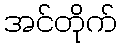
အင်တိုက်